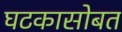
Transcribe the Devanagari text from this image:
घटकासोबत